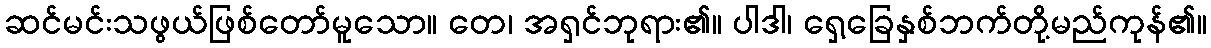
ဆင်မင်းသဖွယ်ဖြစ်တော်မူသော။ တေ၊ အရှင်ဘုရား၏။ ပါဒါ၊ ရှေ့ခြေနှစ်ဘက်တို့မည်ကုန်၏။